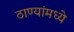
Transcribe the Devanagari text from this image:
ठाण्यांमध्ये